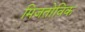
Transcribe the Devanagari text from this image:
मिजतोविक